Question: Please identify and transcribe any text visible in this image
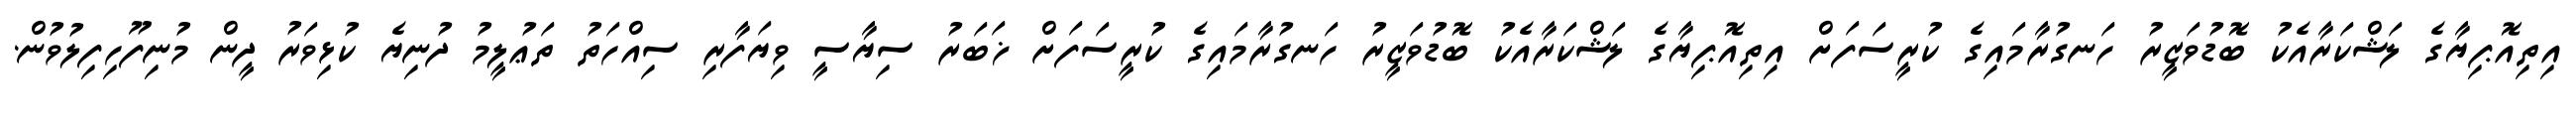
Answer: އިތިއޮޕިޔާގެ ލަޝްކަރާއެކު ބޮޑުވަޒީރު ހަނގުރާމައިގެ ކުރީސަފަށް އިތިއޮޕިޔާގެ ލަޝްކަރާއެކު ބޮޑުވަޒީރު ހަނގުރާމައިގެ ކުރީސަފަށް ޚަބަރު ސިޔާސީ ވިޔަފާރި ސިއްހަތު ތަޢުލީމު ދުނިޔެ ކުޅިވަރު ދީން މުނިފޫހިފިލުވުން.